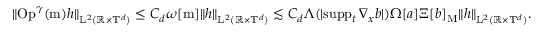
\begin{array} { r } { \Vert \mathrm { O p } ^ { \gamma } ( \mathrm { m } ) h \Vert _ { \mathrm { L } ^ { 2 } ( \mathbb R \times \mathbb T ^ { d } ) } \leq C _ { d } \omega [ \mathrm { m } ] \Vert h \Vert _ { \mathrm { L } ^ { 2 } ( \mathbb R \times \mathbb T ^ { d } ) } \lesssim C _ { d } \Lambda ( \vert \mathrm { s u p p } _ { t } \, \nabla _ { x } b \vert ) \Omega [ a ] \Xi [ b ] _ { \mathrm { M } } \Vert h \Vert _ { \mathrm { L } ^ { 2 } ( \mathbb R \times \mathbb T ^ { d } ) } . } \end{array}